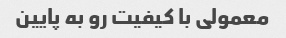
معمولی با کیفیت رو به پایین